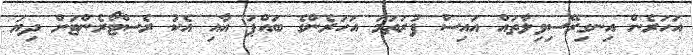
އަހަރެން އިނގިރޭސިވިލާތައް އައިސް ފުރަތަމަ އަހަރެންގެ ބައްޕަ އާއި އެކު ރެސްޓޯރެންޓަށް ދިޔަ